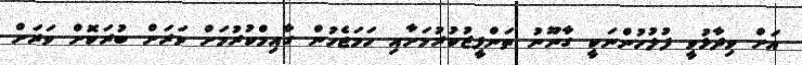
އަށް ވިދާޅުވީ ފުލުހުންނަކީ ގާނޫނު ތަންފީޒުކުރުމަށާއި ހަމަޖެހުން ގާއިމްކުުރުމަށް ވަރަށް ބުރަކޮށް ވަރަށް